Annual report of the Punjab Veterinary College and of the Civil Veterinary Department, Punjab - 1894-1908
Year: 1894
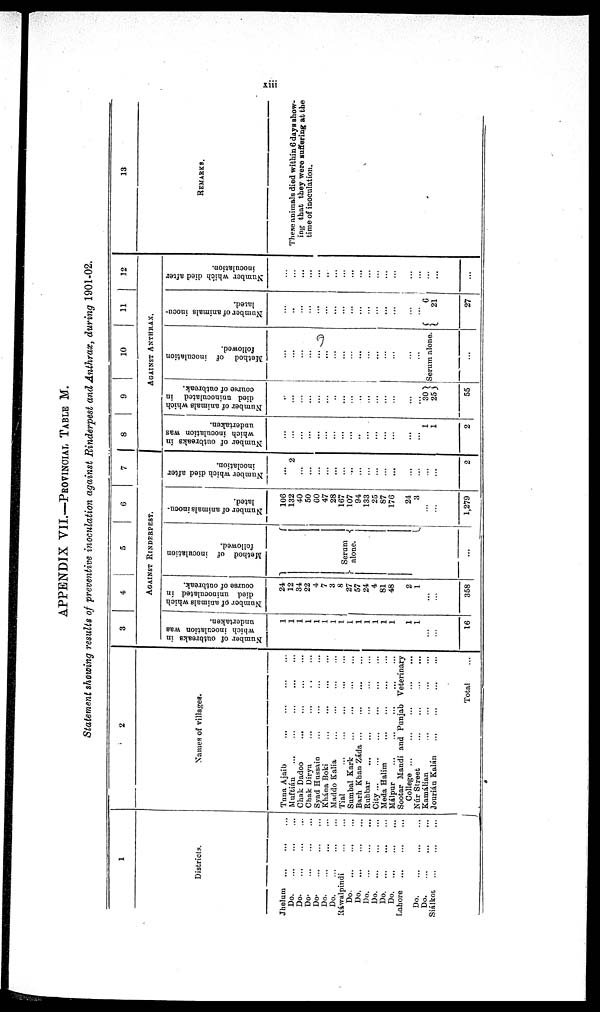
xiii
APPENDIX VII.—PROVINCIAL TABLE M.
Statement showing results of preventive inoculation against Rinderpest and Anthrax, during 1901-02.
1
Districts.
Jhelum
Do ... ... ... ...
Do. ... ... ... ... ...
Do. ... ... ... ...
Do. ... ... ... ...
Do. ... ... ...
Do ... ... ... ...
Rawalpindi ... ...
Do-
...
...
Do. ... ... ...
Do.
...
Do.
...
Do. ... ... ... ... ...
Do. ... ... ... ... ...
Lahore ... ... ... ... ...
Do. ... ... ... ... ...
Do. ... ... ... ...
Siálkot ... ... ... ...
2
Names of villages.
Tuna Ajaib ... ... ... ...
Muftián ... ... ... ...
Chak Dadoo ... ... ... ... ... ...
Chak Dirya ... ... ... ... ... ... ...
Syad Hussaio ... ... ... ... ... ...
Khána Boki ... ... ... ... ... ...
Maddo Kalia ... ... ... ... ...
Tial
...
...
...
...
...
Sumbal Kark ... ... ... ... ...
Barh Khan Záda ...
...
...
...
...
Ruhbar
...
...
...
...
...
City
...
...
...
...
...
Meda Halim ... ... ... ...
Málpur
...
...
...
...
...
Sootar Mandi and Punjab Veterinary ...
College ... ... ... ...
Núr Street ... ... ... ...
Kamálian ... ... ... ...
Jourián Kalán ... ... ... ...
Total ...
3
4
5
6
7
AGAINST RINDERPEST.
Number of outbreaks in
which inoculation was
undertaken.
1
1
1
1
1
1
1
1
1
1
1
1
1
1
1
1
...
16
Number of animals which
died uninoculated in
course of outbreak.
24
12
34
22
4
7
3
8
27
57
24
4
81
48
2
1
...
358
Method of inoculation
followed.
...
...
...
...
...
...
...
Serum
alone.
...
...
...
...
...
...
...
...
...
...
Number of animals inocu-
lated.
106
132
40
50
60
47
28
167
107
94
133
25
87
176
24
3
...
...
1,279
Number which died after
inoclation.
...
2
...
...
...
...
...
...
...
...
...
...
...
...
...
...
...
...
2
8 9 10 11 12
AGAINST ANTHRAX.
Number of outbreaks in
which inoculation was
undertaken.
...
...
...
...
...
...
...
...
...
...
...
...
...
...
...
...
1
1
2
Number of animals which
died uninoculated in
course of outbreak.
...
...
...
...
...
...
...
...
...
...
...
...
...
...
...
30
25
55
Method
of
inoculation.
followed.
...
...
...
...
...
...
...
...
...
...
...
...
...
...
...
...
Serum alone.
...
Number of animals inocu-
lated.
...
...
...
...
...
...
...
...
...
...
...
...
...
...
...
...
6
21
27
Number which died after
inoculation.
...
...
...
...
...
...
...
...
...
...
...
...
...
...
...
...
...
...
...
13
REMARKS.
These animals died within 6 days show-
ing that they were suffering at the
time of inoculation.